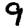
Digit: 9